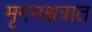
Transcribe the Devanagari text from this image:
मृगनक्षत्रात